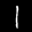
Label: 1